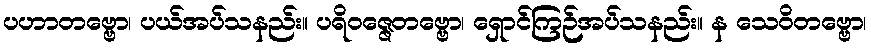
ပဟာတဗ္ဗော၊ ပယ်အပ်သနည်း။ ပရိဝဇ္ဇေတဗ္ဗော၊ ရှောင်ကြဉ်အပ်သနည်း။ န သေဝိတဗ္ဗော၊